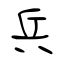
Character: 兵